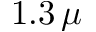
1 . 3 \, \mu